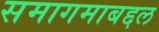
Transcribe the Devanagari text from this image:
समागमाबद्दल